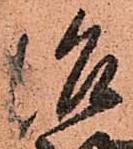
治